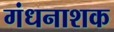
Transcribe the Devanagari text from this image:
गंधनाशक